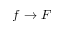
f \rightarrow F